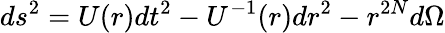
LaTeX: ds^{2}=U(r)dt^{2}-U^{-1}(r)dr^{2}-r^{2N}d\Omega